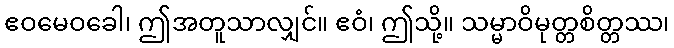
ဧဝမေဝခေါ၊ ဤအတူသာလျှင်။ ဧဝံ၊ ဤသို့။ သမ္မာဝိမုတ္တစိတ္တဿ၊